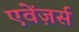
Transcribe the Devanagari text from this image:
एवेंज़र्स